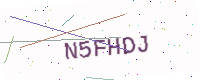
Text: N5FHDJ